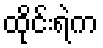
ထိုင်းရဲက